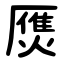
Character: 㷳